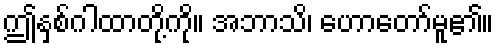
ဤနှစ်ဂါထာတို့ကို။ အဘာသိ၊ ဟောတော်မူ၏။